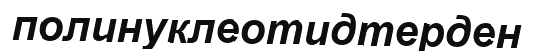
полинуклеотидтерден